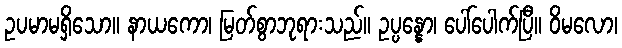
ဥပမာမရှိသော။ နာယကော၊ မြတ်စွာဘုရားသည်။ ဥပ္ပန္နော၊ ပေါ်ပေါက်ပြီ။ ဝိမလော၊